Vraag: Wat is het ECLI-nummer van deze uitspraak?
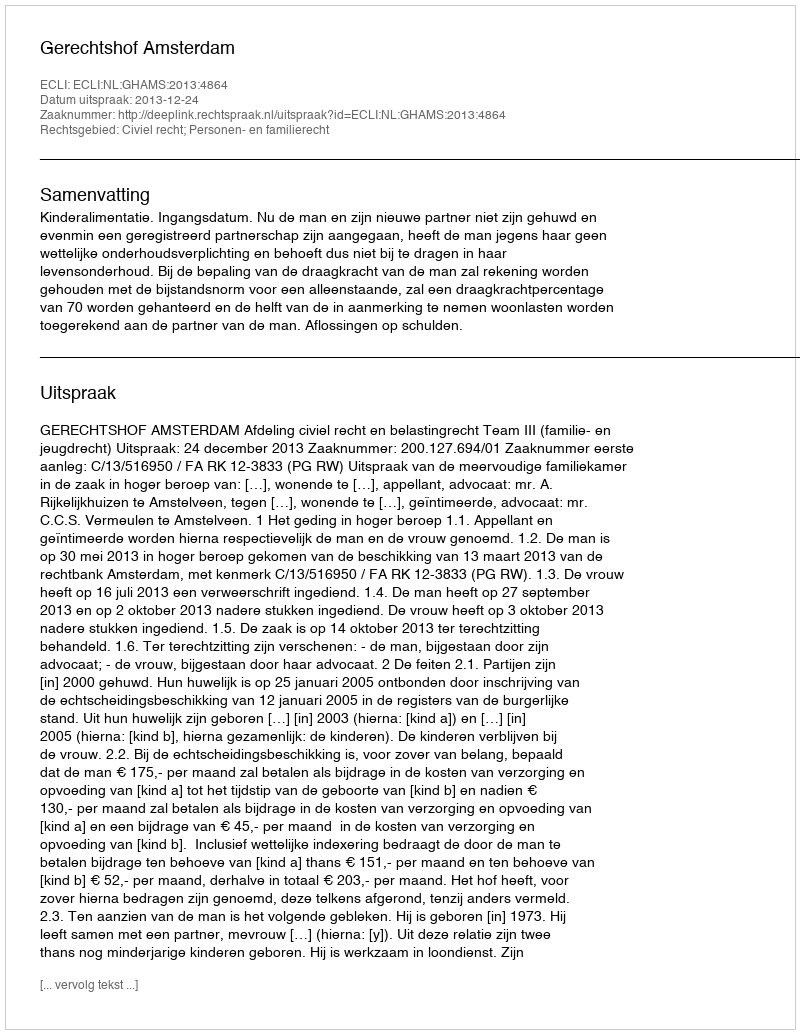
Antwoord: ECLI:NL:GHAMS:2013:4864